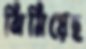
ঝিমিয়েছ